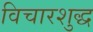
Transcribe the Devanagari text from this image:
विचारशुद्ध